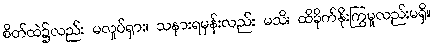
စိတ်ထဲ၌လည်း မလှုပ်ရှား၊ သနားရမှန်းလည်း မသိ၊ ထိခိုက်နိုးကြွမှုလည်းမရှိ။